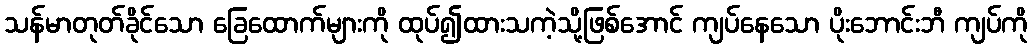
သန်မာတုတ်ခိုင်သော ခြေထောက်များကို ထုပ်၍ထားသကဲ့သို့ဖြစ်အောင် ကျပ်နေသော ပိုးဘောင်းဘီ ကျပ်ကို